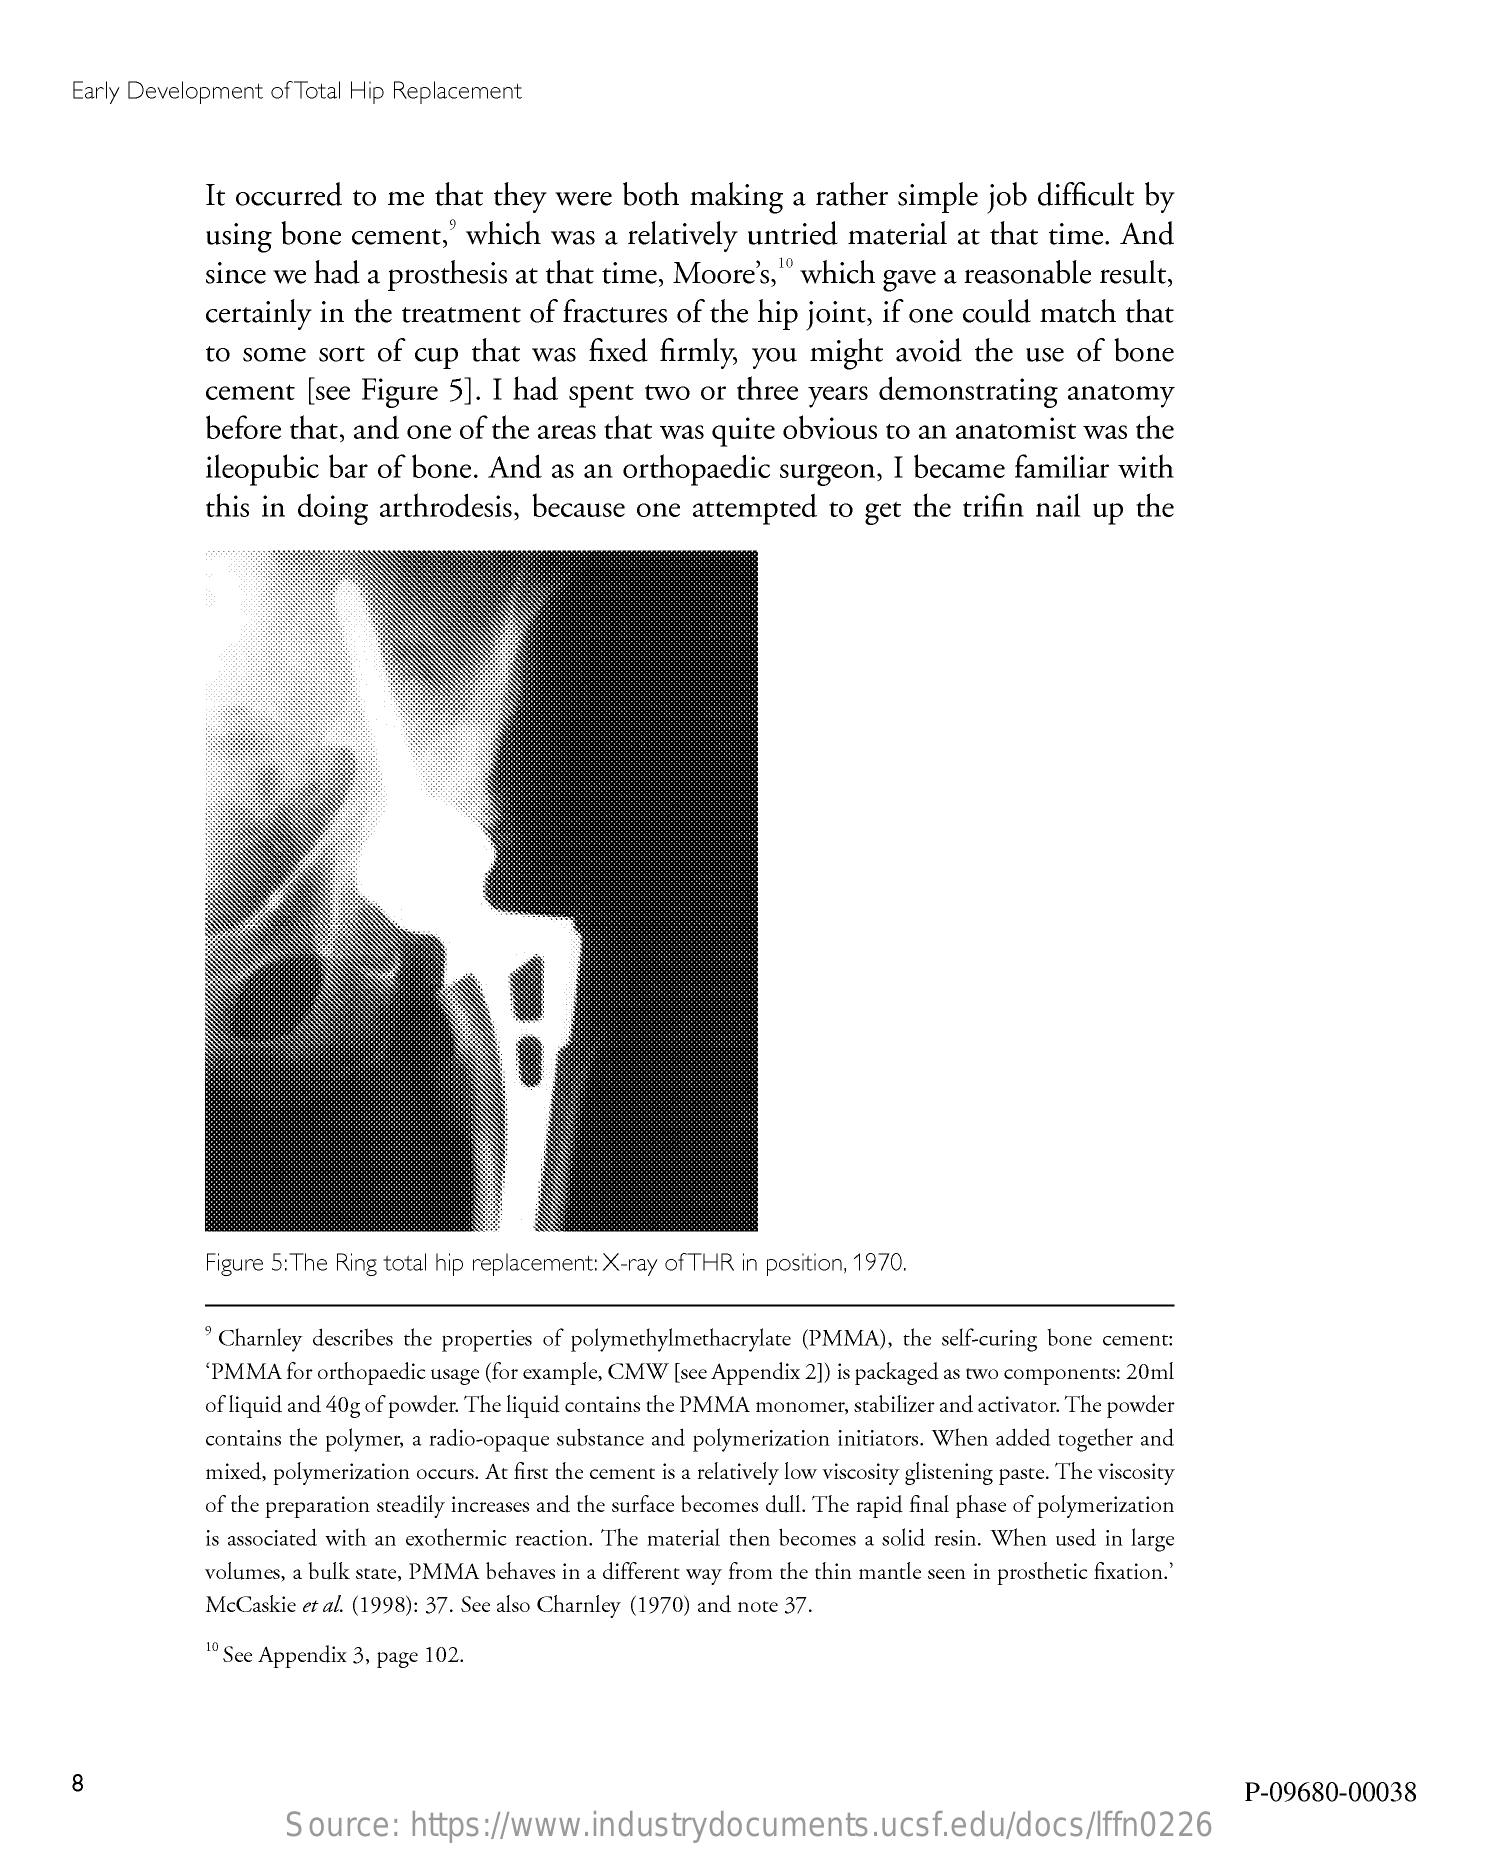
Early Development   of Total Hip Replacement
     It occurred  to  me   that they   were  both   making    a rather   simple  job  difficult  by
     using  bone   cement,'   which   was  a  relatively  untried   material   at that time.   And
     since we  had  a prosthesis   at that time,  Moore's,"    which   gave  a reasonable   result,
     certainly  in  the treatment    of  fractures  of the  hip  joint, if one  could  match    that
     to some   sort  of  cup  that  was   fixed  firmly,  you   might   avoid   the  use  of  bone
     cement    [see Figure   5]. I had   spent   two  or three   years demonstrating    anatomy
     before that,  and  one  of the  areas that  was  quite  obvious   to  an anatomist    was  the
     ileopubic  bar  of bone.   And   as  an orthopaedic    surgeon,   I became    familiar   with
     this in  doing   arthrodesis,   because    one  attempted    to get  the  trifin nail  up  the
     Figure 5: The Ring total hip replacement: X-ray of THR in position, 1970.
     " Charnley describes the properties of polymethylmethacrylate (PMMA), the self-curing bone cement:
     'PMMA  for orthopaedic usage (for example, CMW [see Appendix 2]) is packaged as two components: 20ml
     of liquid and 40g of powder. The liquid contains the PMMA monomer, stabilizer and activator. The powder
     contains the polymer, a radio-opaque substance and polymerization initiators. When added together and
     mixed, polymerization occurs. At first the cement is a relatively low viscosity glistening paste. The viscosity
     of the preparation steadily increases and the surface becomes dull. The rapid final phase of polymerization
     is associated with an exothermic reaction. The material then becomes a solid resin. When used in large
     volumes, a bulk state, PMMA behaves in a different way from the thin mantle seen in prosthetic fixation.'
     McCaskie  et al. (1998): 37. See also Charnley (1970) and note 37.
     1º See Appendix 3, page 102.
     8
     P-09680-00038
     Source:    https://www.industrydocuments.ucsf.edu/docs/lffn0226